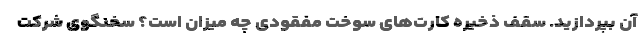
آن بپردازید. سقف ذخیره کارت‌های سوخت مفقودی چه میزان است؟ سخنگوی شرکت